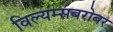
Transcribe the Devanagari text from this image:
विल्यम्सबरोबर